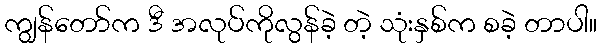
ကျွန်တော်က ဒီ အလုပ်ကိုလွန်ခဲ့ တဲ့ သုံးနှစ်က စခဲ့ တာပါ။